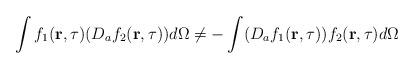
LaTeX: \begin{align*}\int f_1({\bf r},\tau)(D_af_2({\bf r},\tau))d\Omega\neq-\int (D_af_1({\bf r},\tau))f_2({\bf r},\tau)d\Omega\end{align*}